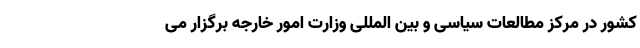
کشور در مرکز مطالعات سیاسی و بین المللی وزارت امور خارجه برگزار می